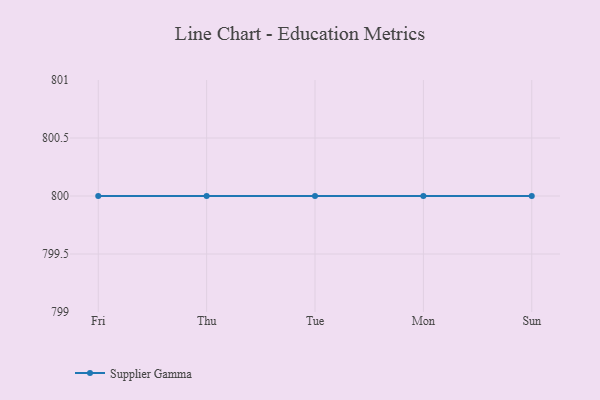
{"axis": {"x": "Day", "y": "Page Views"}, "legend": ["Supplier Gamma"], "data": [{"x": "Fri", "y": 800, "type": "Supplier Gamma"}, {"x": "Thu", "y": 800, "type": "Supplier Gamma"}, {"x": "Tue", "y": 800, "type": "Supplier Gamma"}, {"x": "Mon", "y": 800, "type": "Supplier Gamma"}, {"x": "Sun", "y": 800, "type": "Supplier Gamma"}]}